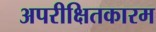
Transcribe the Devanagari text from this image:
अपरीक्षितकारम